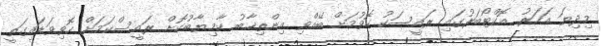
މިދިޔަ އަހަރު އޮކްޓޯބަރުގައި ރައީސަކު ހޮވުމަށް ބޭއްވި އިންތިޚާބު ކާމިޔާބުކޮށް ރައީސްކަމަށް ހޮވިވަޑައިގަތީ